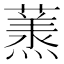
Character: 𮑶